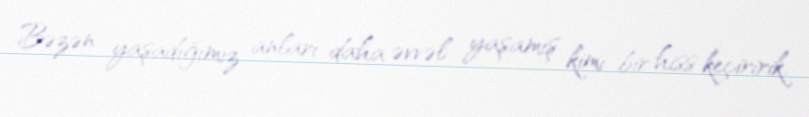
Bəzən yaşadığımız anları daha əvvəl yaşamış kimi bir hiss keçiririk.